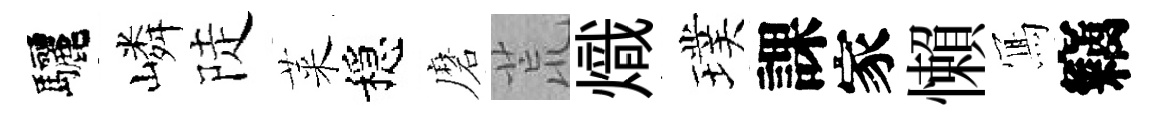
驅嶙陡萊穩磨荒熾璞課家懶𭂁竊